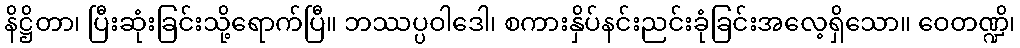
နိဋ္ဌိတာ၊ ပြီးဆုံးခြင်းသို့ရောက်ပြီ။ ဘဿပ္ပဝါဒေါ၊ စကားနှိပ်နင်းညင်းခုံခြင်းအလေ့ရှိသော။ ဝေတဏ္ဍိ၊